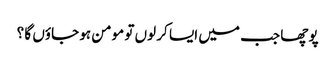
پوچھا جب میں ایسا کر لوں تو مومن ہو جاؤں گا ؟